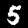
Label: 5